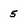
Character: 5